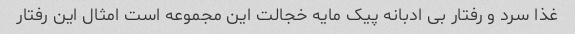
غذا سرد و رفتار بی ادبانه پیک مایه خجالت این مجموعه است امثال این رفتار